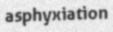
asphyxiation